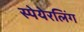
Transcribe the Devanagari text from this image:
स्पेयेरलिंग